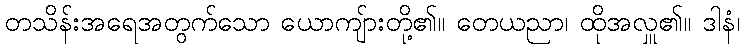
တသိန်းအရေအတွက်သော ယောကျ်ားတို့၏။ တေယညာ၊ ထိုအလှူ၏။ ဒါနံ၊